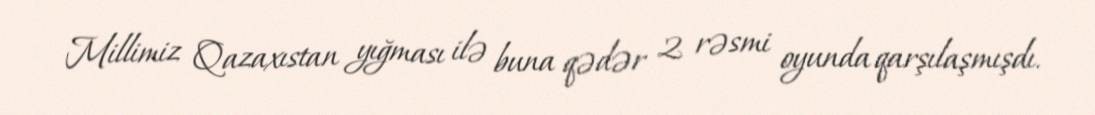
Millimiz Qazaxıstan yığması ilə buna qədər 2 rəsmi oyunda qarşılaşmışdı.